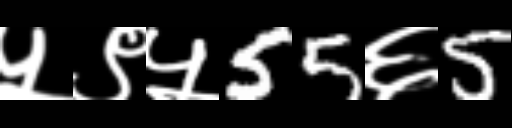
Text: ५९५55६5